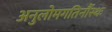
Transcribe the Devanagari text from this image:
अनुलोमगतिर्नौस्थः